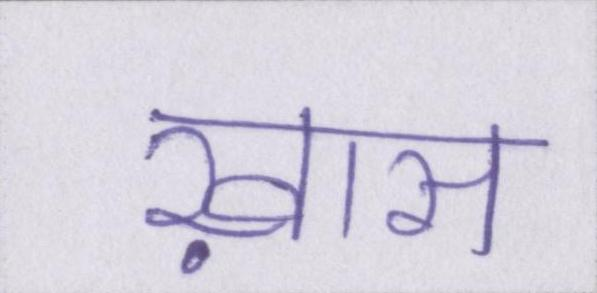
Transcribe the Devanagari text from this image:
ख़ास